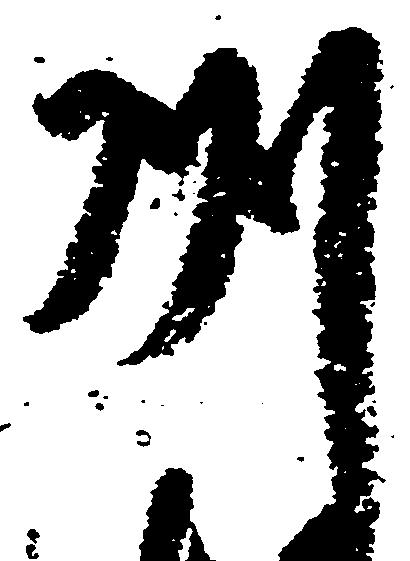
州